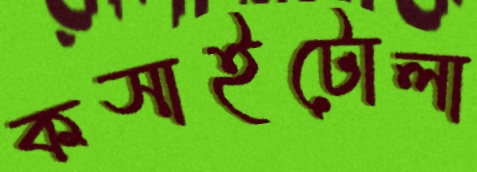
কসাইটোলা